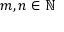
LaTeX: m , n \in \mathbb { N }